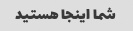
شما اینجا هستید